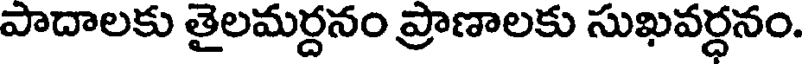
పాదాలకు తైలమర్దనం ప్రాణాలకు సుఖవర్ధనం.